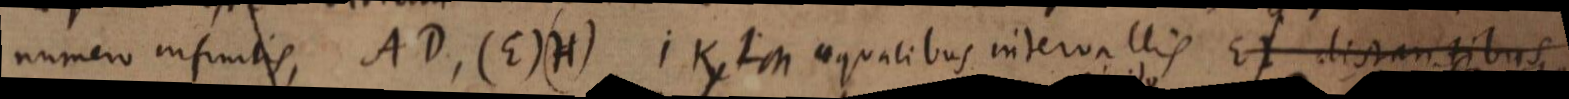
parallelis numero infinitis, AD, (E)(H), IK, LM aequalibus intervallis EI distantibus